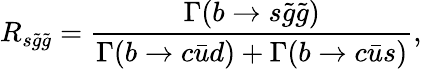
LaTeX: R_{s\tilde{g}\tilde{g}}={\frac{\Gamma(b\rightarrow s\tilde{g}\tilde{g})}{\Gamma(b\rightarrow c\bar{u}d)+\Gamma(b\rightarrow c\bar{u}s)}},